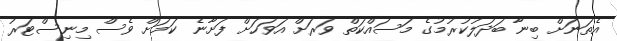
އެތަނަށް ބިނާ ބަދަލުކުރުމުގެ މަސައްކަތް ވަރަށް އަވަހަށް ފަށާނެ ކަމަށް ވެސް މިނިސްޓަރު